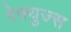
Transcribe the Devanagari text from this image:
रेफ्युज्स